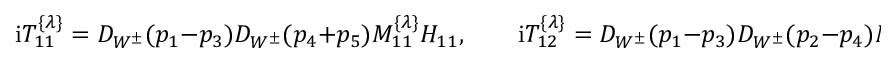
\mathrm { i } T _ { 1 1 } ^ { \{ \lambda \} } = D _ { W ^ { \pm } } ( p _ { 1 } - p _ { 3 } ) D _ { W ^ { \pm } } ( p _ { 4 } + p _ { 5 } ) M _ { 1 1 } ^ { \{ \lambda \} } { \cal H } _ { 1 1 } , \quad \quad \mathrm { i } T _ { 1 2 } ^ { \{ \lambda \} } = D _ { W ^ { \pm } } ( p _ { 1 } - p _ { 3 } ) D _ { W ^ { \pm } } ( p _ { 2 } - p _ { 4 } ) M _ { 1 2 } ^ { \{ \lambda \} } { \cal H } _ { 1 2 } .